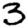
Digit: 3